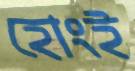
হোংই